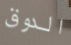
الدوق